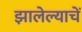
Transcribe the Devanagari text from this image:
झालेल्याचें